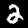
Label: 2